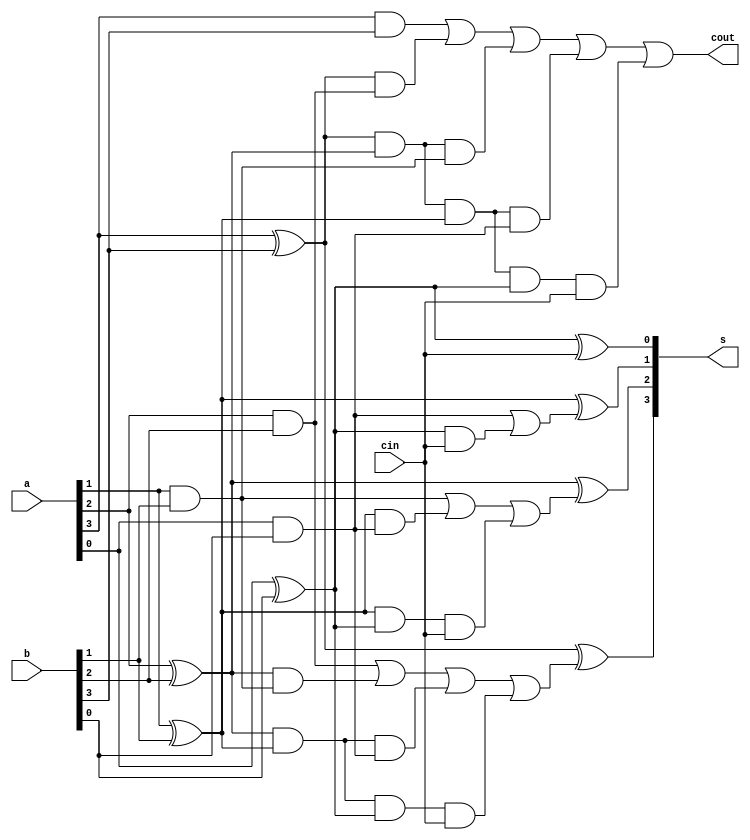

module carry_look_ahead_adder(a,b,cin,cout,s);
input [3:0]a,b;
input cin;
output [3:0]s;
output cout;
wire [2:0]c;
wire [3:0]p,g;
assign g[0]=a[0]&b[0];
assign g[1]=a[1]&b[1];
assign g[2]=a[2]&b[2];
assign g[3]=a[3]&b[3];
assign p[0]=a[0]^b[0];
assign p[1]=a[1]^b[1];
assign p[2]=a[2]^b[2];
assign p[3]=a[3]^b[3];
assign c[0]=g[0]|(p[0]&cin);
assign c[1]=g[1]|(p[1]&g[0])|(p[1]&p[0]&cin);
assign c[2]=g[2]|(p[2]&g[1])|(p[2]&p[1]&g[0])|(p[2]&p[1]&p[0]&cin);
assign cout=g[3]|(p[3]&g[2])|(p[3]&p[2]&g[1])|(p[3]&p[2]&p[1]&g[0])|(p[3]&p[2]&p[1]&p[0]&cin);
assign s[0]=p[0]^cin;
assign s[1]=p[1]^c[0];
assign s[2]=p[2]^c[1];
assign s[3]=p[3]^c[2];
endmodule